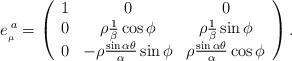
LaTeX: \begin{align*}e_{_{\mu}}^{\; a}=\left(\begin{array}{ccc}1 & 0 & 0 \\0 & \rho\frac{1}{\beta}\cos\phi & \rho\frac{1}{\beta}\sin\phi \\ 0 & -\rho\frac{\sin\alpha\theta}{\alpha}\sin\phi & \rho\frac{\sin\alpha\theta}{\alpha}\cos\phi\end{array}\right).\end{align*}